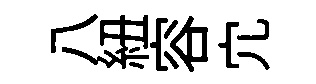
八紐容宂